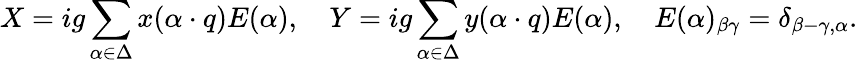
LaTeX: X=ig\sum_{\alpha\in\Delta}x(\alpha\cdot q)E(\alpha),\quad Y=ig\sum_{\alpha\in\Delta}y(\alpha\cdot q)E(\alpha),\quad E(\alpha)_{\beta\gamma}=\delta_{\beta-\gamma,\alpha}.